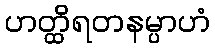
ဟတ္ထိရတနမ္ပာဟံ